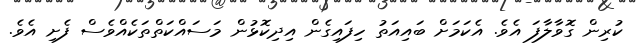
ކުރިން ގޮވާލާފަ އެވެ. އެކަމަށް ބައިއަތު ހިފައިގެން އިދިކޮޅުން މަސައްކަތްތަކެއްވެސް ފެށި އެވެ.